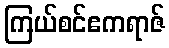
ကြယ်စင်ဧကရာဇ်